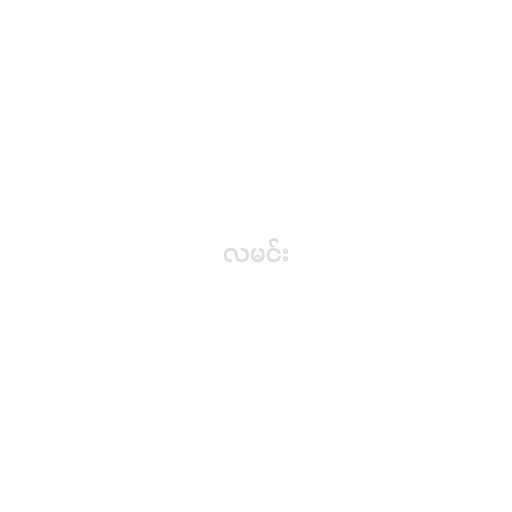
လမင်း